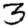
Digit: 3